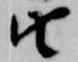
由